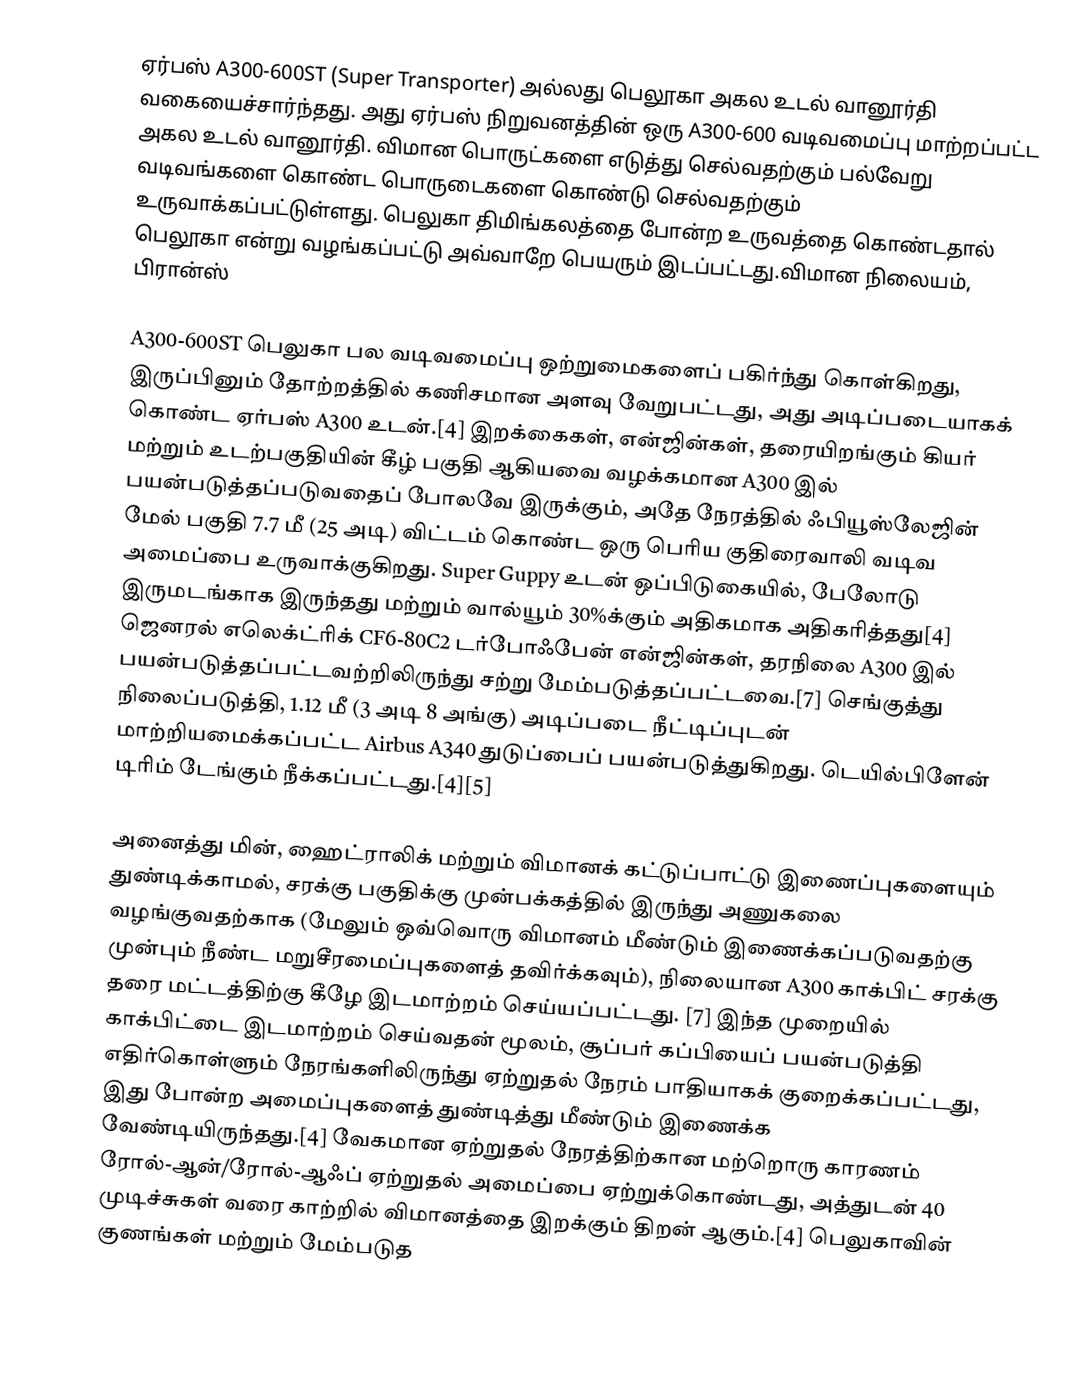
ஏர்பஸ் A300-600ST (Super Transporter) அல்லது பெலூகா அகல உடல் வானூர்தி வகையைச்சார்ந்தது. அது ஏர்பஸ் நிறுவனத்தின் ஒரு A300-600 வடிவமைப்பு மாற்றப்பட்ட அகல உடல் வானூர்தி. விமான பொருட்களை எடுத்து செல்வதற்கும் பல்வேறு வடிவங்களை கொண்ட பொருடைகளை கொண்டு செல்வதற்கும் உருவாக்கப்பட்டுள்ளது. பெலுகா திமிங்கலத்தை போன்ற உருவத்தை கொண்டதால் பெலூகா என்று வழங்கப்பட்டு அவ்வாறே பெயரும் இடப்பட்டது.விமான நிலையம், பிரான்ஸ்

A300-600ST பெலுகா பல வடிவமைப்பு ஒற்றுமைகளைப் பகிர்ந்து கொள்கிறது, இருப்பினும் தோற்றத்தில் கணிசமான அளவு வேறுபட்டது, அது அடிப்படையாகக் கொண்ட ஏர்பஸ் A300 உடன்.[4]  இறக்கைகள், என்ஜின்கள், தரையிறங்கும் கியர் மற்றும் உடற்பகுதியின் கீழ் பகுதி ஆகியவை வழக்கமான A300 இல் பயன்படுத்தப்படுவதைப் போலவே இருக்கும், அதே நேரத்தில் ஃபியூஸ்லேஜின் மேல் பகுதி 7.7 மீ (25 அடி) விட்டம் கொண்ட ஒரு பெரிய குதிரைவாலி வடிவ அமைப்பை உருவாக்குகிறது.  Super Guppy உடன் ஒப்பிடுகையில், பேலோடு இருமடங்காக இருந்தது மற்றும் வால்யூம் 30%க்கும் அதிகமாக அதிகரித்தது[4] ஜெனரல் எலெக்ட்ரிக் CF6-80C2 டர்போஃபேன் என்ஜின்கள், தரநிலை A300 இல் பயன்படுத்தப்பட்டவற்றிலிருந்து சற்று மேம்படுத்தப்பட்டவை.[7]  செங்குத்து நிலைப்படுத்தி, 1.12 மீ (3 அடி 8 அங்கு) அடிப்படை நீட்டிப்புடன் மாற்றியமைக்கப்பட்ட Airbus A340 துடுப்பைப் பயன்படுத்துகிறது.  டெயில்பிளேன் டிரிம் டேங்கும் நீக்கப்பட்டது.[4][5]

அனைத்து மின், ஹைட்ராலிக் மற்றும் விமானக் கட்டுப்பாட்டு இணைப்புகளையும் துண்டிக்காமல், சரக்கு பகுதிக்கு முன்பக்கத்தில் இருந்து அணுகலை வழங்குவதற்காக (மேலும் ஒவ்வொரு விமானம் மீண்டும் இணைக்கப்படுவதற்கு முன்பும் நீண்ட மறுசீரமைப்புகளைத் தவிர்க்கவும்), நிலையான A300 காக்பிட் சரக்கு தரை மட்டத்திற்கு கீழே இடமாற்றம் செய்யப்பட்டது.  [7]  இந்த முறையில் காக்பிட்டை இடமாற்றம் செய்வதன் மூலம், சூப்பர் கப்பியைப் பயன்படுத்தி எதிர்கொள்ளும் நேரங்களிலிருந்து ஏற்றுதல் நேரம் பாதியாகக் குறைக்கப்பட்டது, இது போன்ற அமைப்புகளைத் துண்டித்து மீண்டும் இணைக்க வேண்டியிருந்தது.[4]  வேகமான ஏற்றுதல் நேரத்திற்கான மற்றொரு காரணம் ரோல்-ஆன்/ரோல்-ஆஃப் ஏற்றுதல் அமைப்பை ஏற்றுக்கொண்டது, அத்துடன் 40 முடிச்சுகள் வரை காற்றில் விமானத்தை இறக்கும் திறன் ஆகும்.[4]  பெலுகாவின் குணங்கள் மற்றும் மேம்படுத